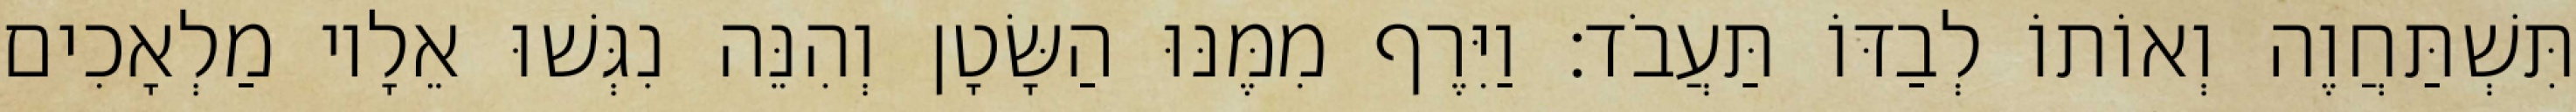
תִּשְׁתַּחֲוֶה וְאוֹתוֹ לְבַדּוֹ תַּעֲבֹד׃ וַיִּרֶף מִמֶּנּוּ הַשָּׂטָן וְהִנֵּה נִגְּשׁוּ אֵלָיו מַלְאָכִים